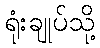
ရုံးချုပ်သို့